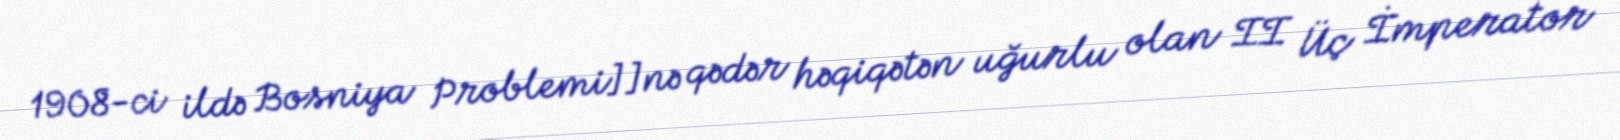
1908-ci ildə Bosniya Problemi]]nə qədər həqiqətən uğurlu olan II Üç İmperator